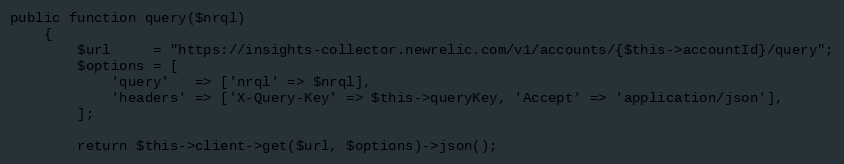
Language: PHP
public function query($nrql)
    {
        $url     = "https://insights-collector.newrelic.com/v1/accounts/{$this->accountId}/query";
        $options = [
            'query'   => ['nrql' => $nrql],
            'headers' => ['X-Query-Key' => $this->queryKey, 'Accept' => 'application/json'],
        ];

        return $this->client->get($url, $options)->json();